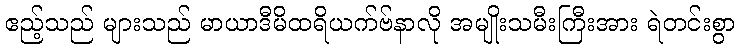
ဧည့်သည် များသည် မာယာဒီမိထရိယက်ဗ်နာလို အမျိုးသမီးကြီးအား ရဲတင်းစွာ